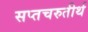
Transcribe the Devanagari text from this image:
सप्तचरुतीर्थ